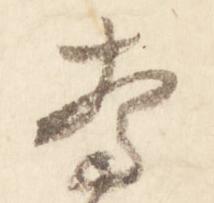
驚